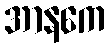
အာနကေ